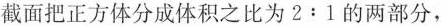
截面把正方体分成体积之比为$$2:1$$的两部分，